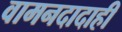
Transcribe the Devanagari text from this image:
वामनदादाही